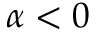
\alpha < 0